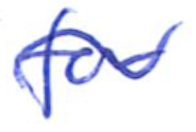
Text: for
Cross-out: wave
Writing tool: ballpoint